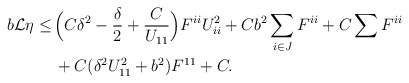
\begin{align*}\begin{aligned}b \mathcal{L} \eta \leq \,& \Big(C \delta^2 - \frac{\delta}{2} + \frac{C}{U_{11}}\Big) F^{ii} U_{ii}^2 + C b^2 \sum_{i \in J} F^{ii} + C \sum F^{ii} \\ & + C (\delta^2 U_{11}^2 + b^2) F^{11} + C.\end{aligned}\end{align*}